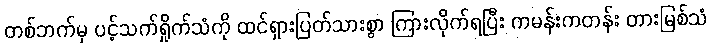
တစ်ဘက်မှ ပင့်သက်ရှိုက်သံကို ထင်ရှားပြတ်သားစွာ ကြားလိုက်ရပြီး ကမန်းကတန်း တားမြစ်သံ